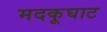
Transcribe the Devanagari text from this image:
मदकूघाट